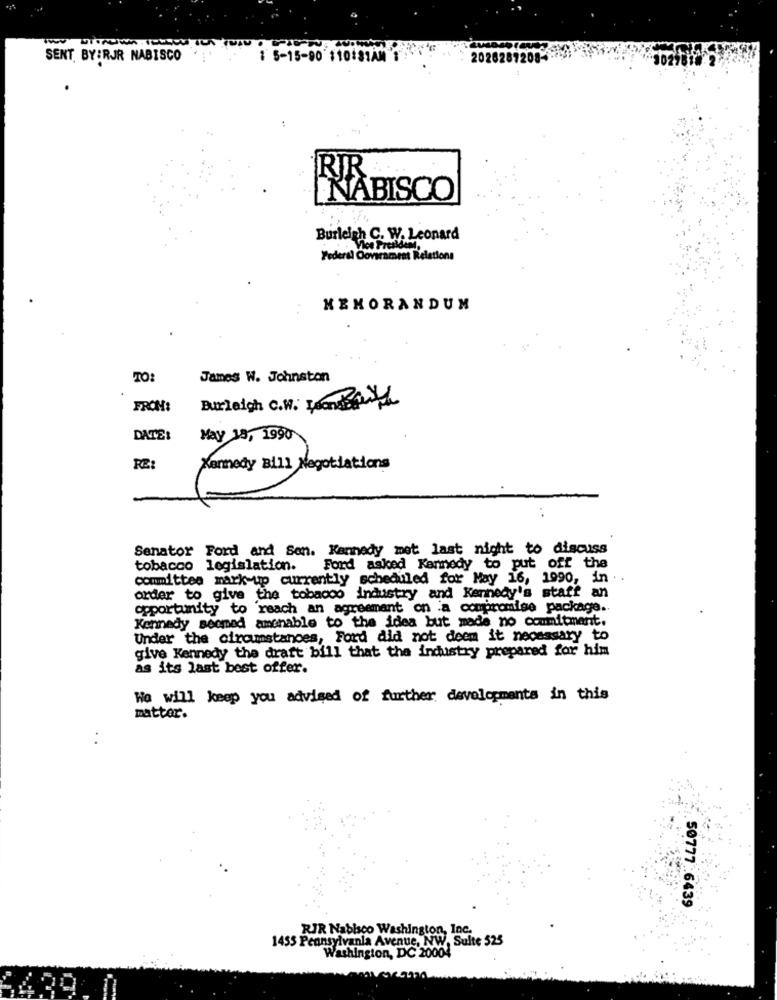
SENT BY:RJR NABISCO
1 5-15-90 110:31AM
2026287
RIR
"NABISCO
Burleigh C. W. Leonard
Federal Öoviramen Relations
MEMORANDUM
TO:
James W. Johnston
Burleigh C.W. Franderenthe
FROM:
DATE:
May 18, 1990
RE
Xarmedy Bill Negotiations
Senator Ford and Sen. Kennedy met last night to discuss
tobacco legislation.
Ford asked Kennedy to put off the
committee mark-up currently scheduled for May 16, 1990, in ..
order to give the tobacco industry and Kennedy's staff an
opportunity to reach an agreement on a compromise package ..
Kennedy seemed amchable to the idea but made no commitment.
Under the circumstances, Ford did not deem it necessary to
give Kennedy the draft bill that the industry prepared for him
as its last best offer.
We will keep you advised of further developments in this
mattor.
50777:6439
RIR Nabisco Washington, Inc.
1455 Pennsylvania Avenue, NW, Sulte 525
Washington, DC 20004